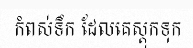
កំពស់ទឹក ដែលគេស្តុកទុក